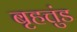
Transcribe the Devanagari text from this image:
बृहत्तुंड